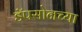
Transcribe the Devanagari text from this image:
डॅपसोनच्या